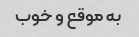
به موقع و خوب